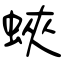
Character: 蛺